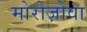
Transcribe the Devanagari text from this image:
मोरोज़ोवा